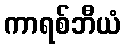
ကာရစ်ဘီယံ